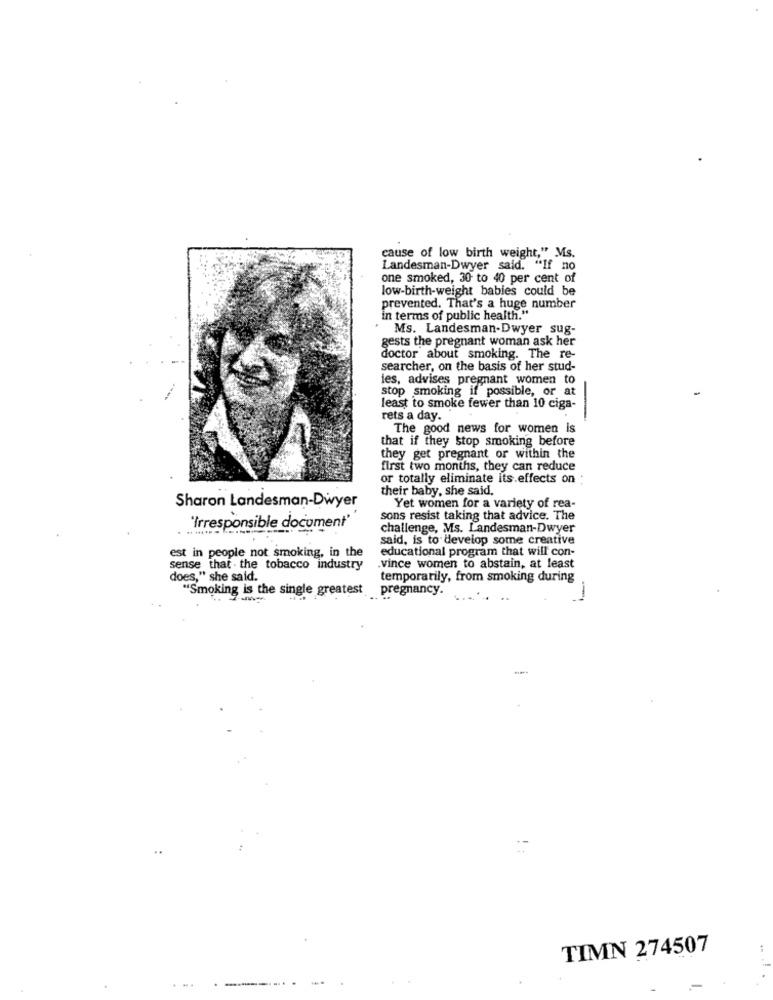
cause of low birth weight," Ms.
Landesman-Dwyer said. "If no
one smoked, 30 to 40 per cent of
low-birth-weight babies could be
prevented. That's a huge number
in terms of public health."
Ms. Landesman-Dwyer sug-
gests the pregnant woman ask her
doctor about smoking. The re-
searcher, on the basis of her stud-
ies, advises pregnant women to
stop smoking if possible, or at
least to smoke fewer than 10 ciga-
rets a day.
The good news for women is
that if they stop smoking before
they get pregnant or within the
first two months, they can reduce
or totally eliminate its effects on :
their baby, she said,
Sharon Landesman-Dwyer
Yet women for a variety of rea-
sons resist taking that advice. The
'Irresponsible document"
challenge, Ms. Landesman-Dwyer
said, is to develop some creative
est in people not smoking, in the
educational program that will con-
sense that . the tobacco industry
.vince women to abstain, at least
does," she said.
temporarily, from smoking during
"Smoking is the single greatest
pregnancy.
--
TIMN 274507